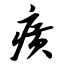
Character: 癀